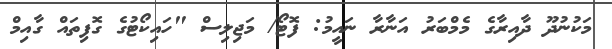
މަކުނުދޫ ދާއިރާގެ މެމްބަރު އަނާރާ ނައީމު: ފޮޓޯ/ މަޖިލިސް "ހައިކޯޓުގެ ގޮފިތައް ގާއިމް